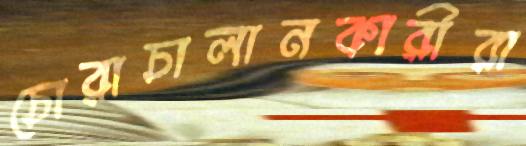
চোরাচালানকারীরা